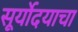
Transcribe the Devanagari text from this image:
सूर्योदयाचा